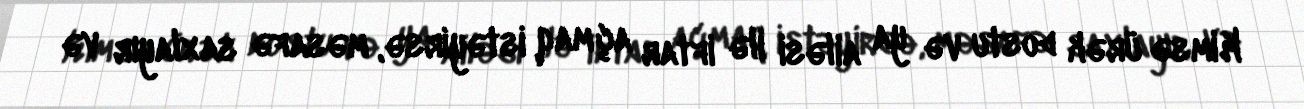
Kimsə ürək dostu və ya ailəsi ilə iftar açmaq istəyirsə, məsafə saxlayır və